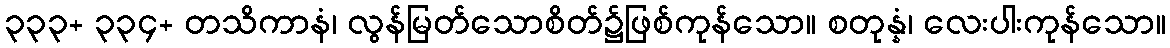
၃၃၃+ ၃၃၄+ တသိကာနံ၊ လွန်မြတ်သောစိတ်၌ဖြစ်ကုန်သော။ စတုန္နံ၊ လေးပါးကုန်သော။